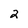
Character: 2